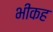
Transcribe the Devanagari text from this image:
भीकह